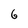
Character: 6